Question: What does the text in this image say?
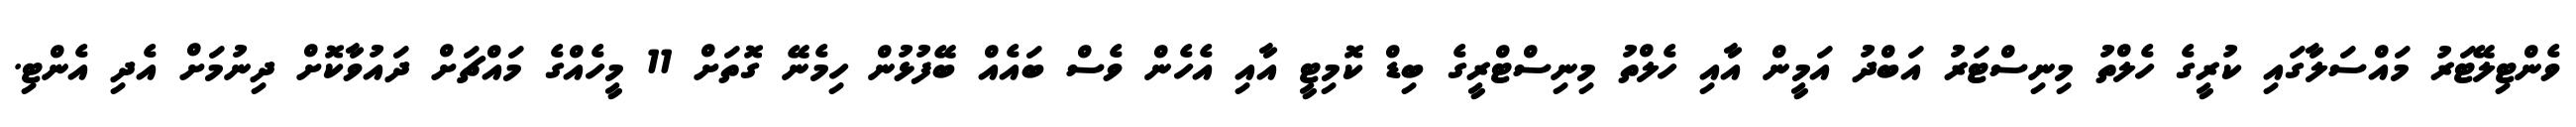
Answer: ވެންޓިލޭޓަރު މައްސަލާގައި ކުރީގެ ހެލްތު މިނިސްޓަރު އަބްދު އަމީން އާއި ހެލްތު މިނިސްޓްރީގެ ބިޑް ކޮމިޓީ އާއި އެހެން ވެސް ބައެއް ބޭފުޅުން ހިމެނޭ ގޮތަށް 11 މީހެއްގެ މައްޗަށް ދައުވާކޮށް ދިނުމަށް އެދި އެންޓި.